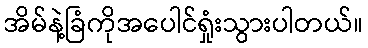
အိမ်နဲ့ခြံကိုအပေါင်ရှုံးသွားပါတယ်။